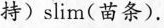
持)slim(苗条).